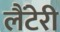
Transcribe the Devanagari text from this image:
लैंटेरी